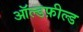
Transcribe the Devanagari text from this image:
ऑल्डफ़ील्ड